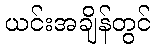
ယင်းအချိန်တွင်